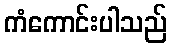
ကံကောင်းပါသည်